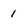
Character: 1